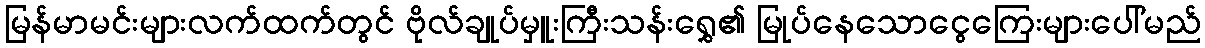
မြန်မာမင်းများလက်ထက်တွင် ဗိုလ်ချုပ်မှူးကြီးသန်းရွှေ၏ မြုပ်နေသောငွေကြေးများပေါ်မည်